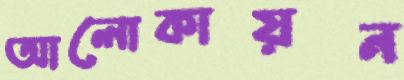
আলোকায়ন